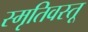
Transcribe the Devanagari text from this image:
स्मृतिवस्तू